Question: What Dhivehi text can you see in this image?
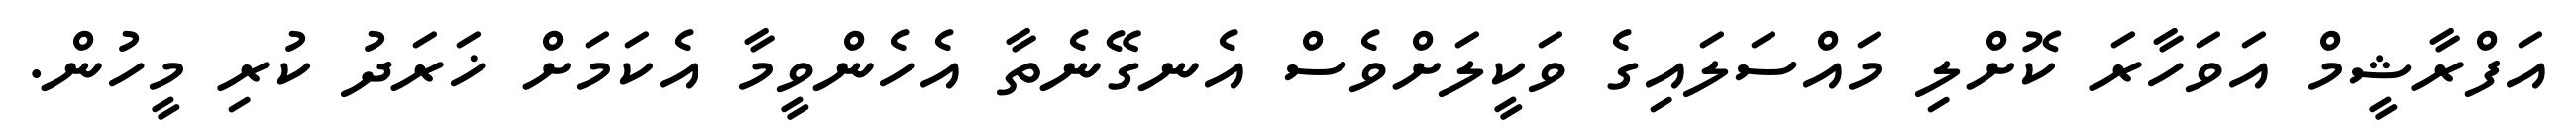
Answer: އަފްރާޝީމް އަވަހާރަ ކޮށްލި މައްސަލައިގެ ވަކީލަށްވެސް އެނގޭނެތާ އެހެންވީމާ އެކަމަށް ޚަރަދު ކުރި މީހުން.